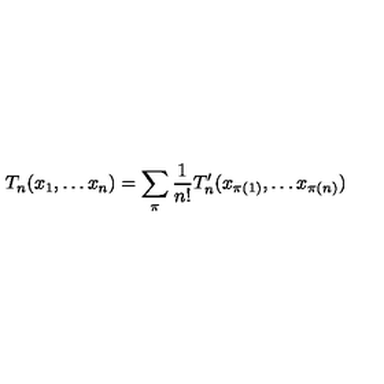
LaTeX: T _ { n } ( x _ { 1 } , \ldots x _ { n } ) = \sum _ { \pi } \frac { 1 } { n ! } T _ { n } ^ { \prime } ( x _ { \pi ( 1 ) } , \ldots x _ { \pi ( n ) } )